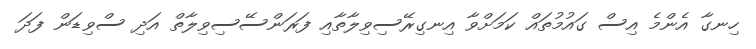
ހިނގާ އެންމެ އިސް ގައުމުތައް ކަމަށްވާ އިނގިރޭސިވިލާތާއި ފަރަންސޭސިވިލާތް އަދި ސްވިޑަން ފަދަ